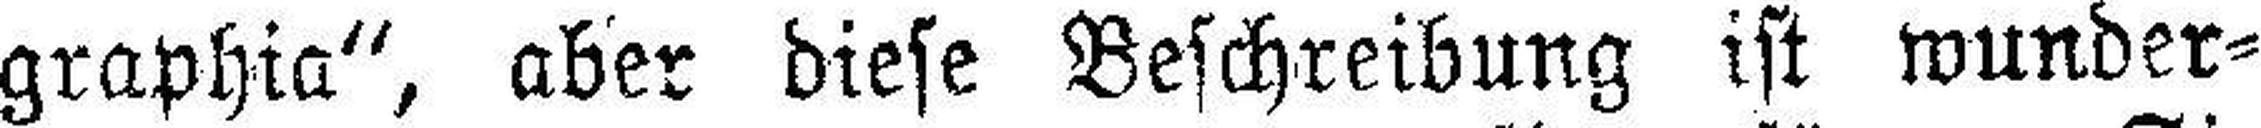
graphia“, aber diese Beschreibung ist wunder¬